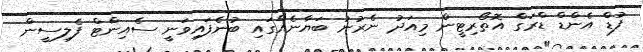
ފުޑް އެންޑް ޑްރަގް އޮތޯރިޓީން މިއަދު ނެރުނު ބަޔާނެއްގައި ބުނެފައިވަނީ ސެއިންޓް ފެލިސީން